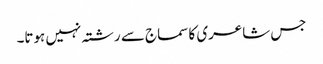
جس شاعری کا سماج سے رشتہ نہیں ہوتا۔